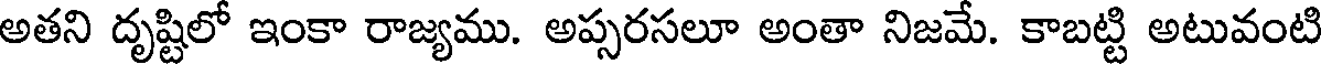
అతని దృష్టిలో ఇంకా రాజ్యము. అప్సరసలూ అంతా నిజమే. కాబట్టి అటువంటి